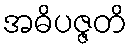
အဓိပဇ္ဇတိ